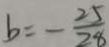
b = - \frac { 2 5 } { 2 8 }